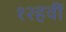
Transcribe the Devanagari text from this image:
१२हवीं